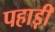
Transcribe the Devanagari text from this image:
पहाड़़ी